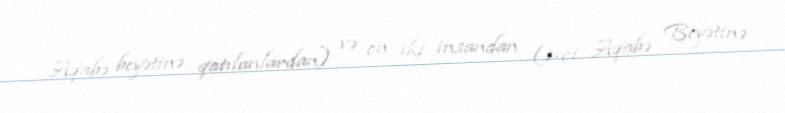
Aqabə beyətinə qatılanlardan) və on iki insandan (1-ci Aqabə Beyətinə